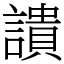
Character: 䜋